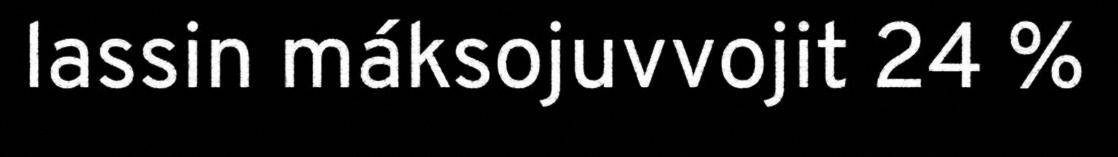
lassin máksojuvvojit 24 %